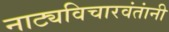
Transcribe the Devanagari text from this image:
नाट्यविचारवंतांनी